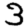
Digit: 3